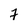
Character: 7